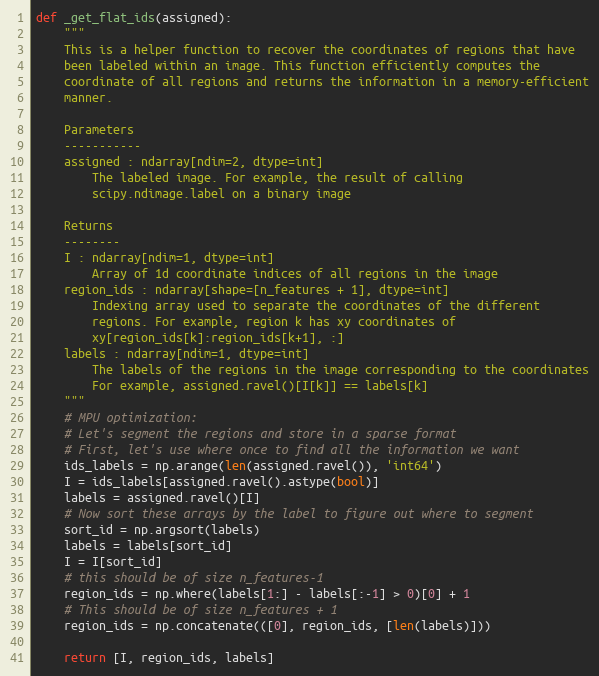
Language: Python
def _get_flat_ids(assigned):
    """
    This is a helper function to recover the coordinates of regions that have
    been labeled within an image. This function efficiently computes the
    coordinate of all regions and returns the information in a memory-efficient
    manner.

    Parameters
    -----------
    assigned : ndarray[ndim=2, dtype=int]
        The labeled image. For example, the result of calling
        scipy.ndimage.label on a binary image

    Returns
    --------
    I : ndarray[ndim=1, dtype=int]
        Array of 1d coordinate indices of all regions in the image
    region_ids : ndarray[shape=[n_features + 1], dtype=int]
        Indexing array used to separate the coordinates of the different
        regions. For example, region k has xy coordinates of
        xy[region_ids[k]:region_ids[k+1], :]
    labels : ndarray[ndim=1, dtype=int]
        The labels of the regions in the image corresponding to the coordinates
        For example, assigned.ravel()[I[k]] == labels[k]
    """
    # MPU optimization:
    # Let's segment the regions and store in a sparse format
    # First, let's use where once to find all the information we want
    ids_labels = np.arange(len(assigned.ravel()), 'int64')
    I = ids_labels[assigned.ravel().astype(bool)]
    labels = assigned.ravel()[I]
    # Now sort these arrays by the label to figure out where to segment
    sort_id = np.argsort(labels)
    labels = labels[sort_id]
    I = I[sort_id]
    # this should be of size n_features-1
    region_ids = np.where(labels[1:] - labels[:-1] > 0)[0] + 1
    # This should be of size n_features + 1
    region_ids = np.concatenate(([0], region_ids, [len(labels)]))

    return [I, region_ids, labels]